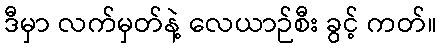
ဒီမှာ လက်မှတ်နဲ့ လေယာဉ်စီး ခွင့် ကတ်။